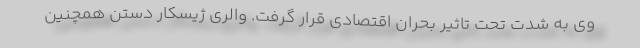
وی به شدت تحت تاثیر بحران اقتصادی قرار گرفت. والری ژیسکار دستن همچنین